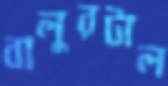
বালুরটাল